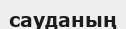
сауданың